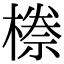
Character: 𭫯